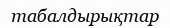
табалдырықтар